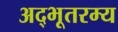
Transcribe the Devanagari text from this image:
अद्भूतरम्य